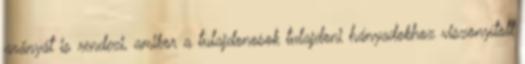
arányát is rendezi, amikor a tulajdonosok tulajdoni hányadokhoz viszonyított